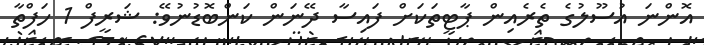
އޮންނަ އުސޫލުގެ ތެރެއިން ޕާޓީތަކަށް ފައިސާ ދޭނަން ކަންބޮޑުނުވޭ: ޝަރީފް 1 ހަފްތާ